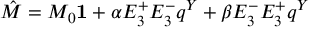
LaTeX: \hat { M } = M _ { 0 } { \bf 1 } + \alpha E _ { 3 } ^ { + } E _ { 3 } ^ { - } q ^ { Y } + \beta E _ { 3 } ^ { - } E _ { 3 } ^ { + } q ^ { Y }